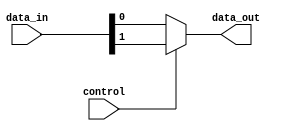
module mux (input [1:0] data_in, input control, output data_out);

  assign data_out = (control) ? data_in[1] : data_in[0];

endmodule